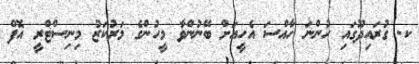
ކ. ގުރައިދޫގައި ހުންނަ ހާއްސަ އެހީއަށް ބޭނުންވާ މީހުންގެ މަރުކަޒު މިނިސްޓްރީ އޮފް